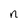
Character: n